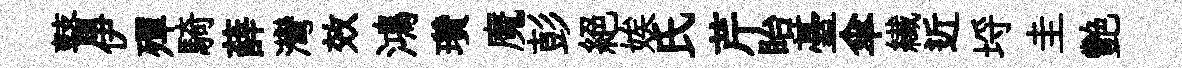
瞽伊殫騎薛灣效鴻瓚魔彭絕娭氏芹眙䑓傘纎近埓圭艷